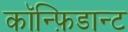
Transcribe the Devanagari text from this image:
कॉन्फ़िडान्ट